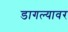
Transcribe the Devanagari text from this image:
डागल्यावर